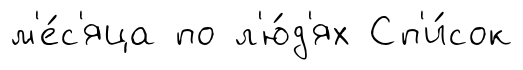
м'е́с'яца по л'ю́д'ях Сп'и́сок